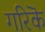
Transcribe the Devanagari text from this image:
गरिकॆ